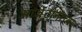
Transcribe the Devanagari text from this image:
आर्जेंटीनाच्या